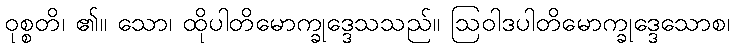
ဝုစ္စတိ၊ ၏။ သော၊ ထိုပါတိမောက္ခုဒ္ဒေသသည်။ ဩဝါဒပါတိမောက္ခုဒ္ဒေသောစ၊